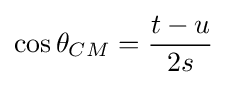
\cos \theta _{CM}={\frac {t-u}{2s}}